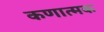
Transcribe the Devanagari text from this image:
कणात्मक